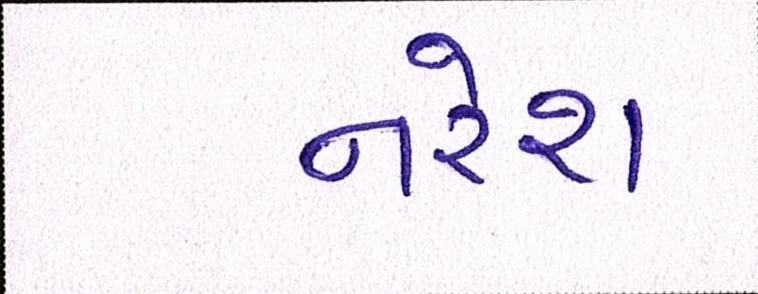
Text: નરેશ